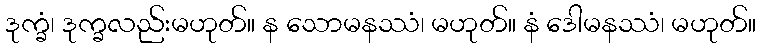
ဒုက္ခံ၊ ဒုက္ခလည်းမဟုတ်။ န သောမနဿံ၊ မဟုတ်။ နံ ဒေါမနဿံ၊ မဟုတ်။